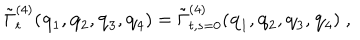
\tilde { \Gamma } _ { t } ^ { ( 4 ) } ( { \bf { q } } _ { 1 } , { \bf { q } } _ { 2 } , { \bf { q } } _ { 3 } , { \bf { q } } _ { 4 } ) = \tilde { \Gamma } _ { t , s = 0 } ^ { ( 4 ) } ( { \bf { q } } _ { 1 } , { \bf { q } } _ { 2 } , { \bf { q } } _ { 3 } , { \bf { q } } _ { 4 } ) \; ,